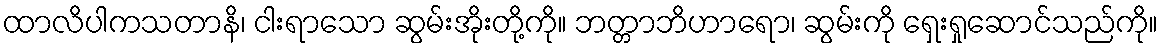
ထာလိပါကသတာနိ၊ ငါးရာသော ဆွမ်းအိုးတို့ကို။ ဘတ္တာဘိဟာရော၊ ဆွမ်းကို ရှေးရှုဆောင်သည်ကို။